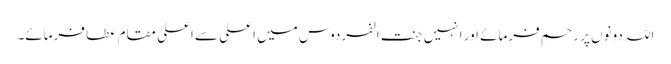
اللہ دونوں پر رحم فرمائے اور انہیں جنت الفردوس میں اعلی سے اعلی مقام عطا فرمائے۔